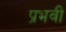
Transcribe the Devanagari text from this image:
प्रभवी